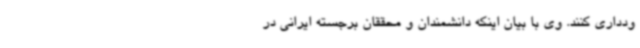
ودداری کنند. وی با بیان اینکه دانشمندان و محققان برجسته ایرانی در